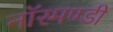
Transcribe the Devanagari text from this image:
नॉरमण्डी